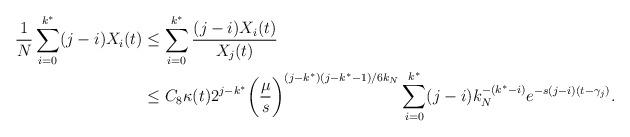
LaTeX: \begin{align*}\frac{1}{N} \sum_{i=0}^{k^*} (j - i) X_i(t) &\leq \sum_{i=0}^{k^*} \frac{(j - i) X_i(t)}{X_j(t)} \\&\leq C_8 \kappa(t) 2^{j - k^*} \bigg( \frac{\mu}{s} \bigg)^{(j - k^*)(j - k^* - 1)/6k_N} \sum_{i=0}^{k^*} (j - i) k_N^{-(k^*-i)} e^{-s(j-i)(t - \gamma_j)}.\end{align*}